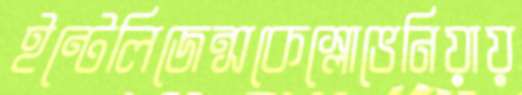
ইন্টেলিজেন্সকেস্লোভেনিয়ায়